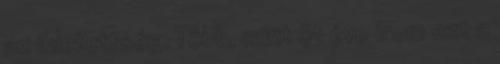
az ihletettség. Több, mint öt éve írom ezt a